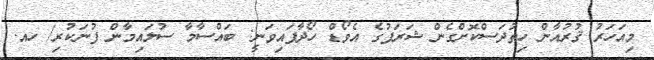
މިއަހަރު ޤުރުއާން ހިތުދަސްކޮށްގެން ޝަރަފުގެ އެވޯޑް ހޯދާފައިވަނީ: ބައްސާމާ ސުލައިމާން ފުނަކުރި/ ހއ.